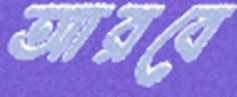
আরবে